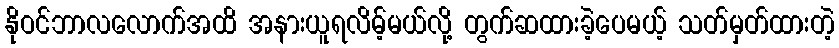
နိုဝင်ဘာလလောက်အထိ အနားယူရလိမ့်မယ်လို့ တွက်ဆထားခဲ့ပေမယ့် သတ်မှတ်ထားတဲ့